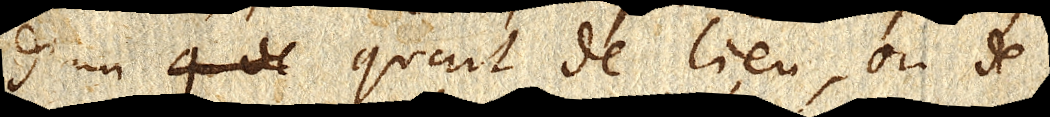
d’un quart de lieue, ou de 7